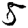
Digit: 5